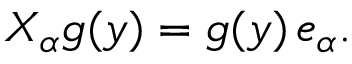
X _ { \alpha } g ( y ) = g ( y ) \, e _ { \alpha } .